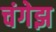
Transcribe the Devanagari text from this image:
चंगेझ